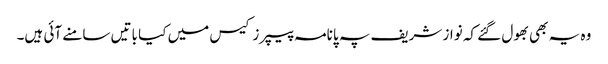
وہ یہ بھی بھول گئے کہ نواز شریف پہ پانامہ پیپرز کیس میں کیا باتیں سامنے آئی ہیں۔